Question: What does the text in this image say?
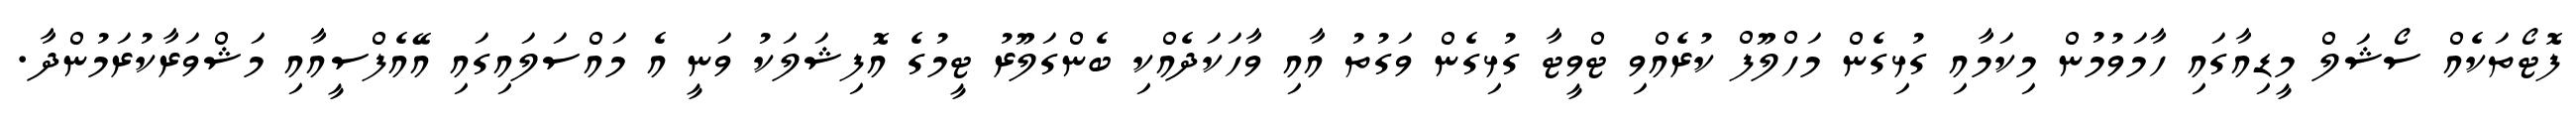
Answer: ފޮޓޯތަކެއް ސޯޝަލް މީޑިއާގައި ހާމަވުމުން މިކަމާއި ގުޅިގެން މަހްލޫފް ކުރެއްވި ޓްވީޓާ ގުޅިގެން ވަގުތު އާއި ވާހަކަދެއްކި ބެންގަލޫރު ޓީމުގެ އޮފިޝަލަކު ވަނީ އެ މައްސަލައިގައި އޭއެފްސީއާއި މަޝްވަރާކުރަމުންދާ.